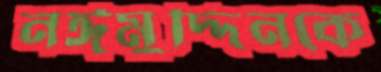
নঈমুদ্দিনকে